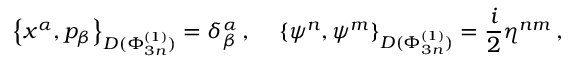
\left\{ x ^ { \alpha } , p _ { \beta } \right\} _ { D ( \Phi _ { 3 n } ^ { ( 1 ) } ) } = \delta _ { \beta } ^ { \alpha } \, , \, \, \, \, \, \, \, \left\{ \psi ^ { n } , \psi ^ { m } \right\} _ { D ( \Phi _ { 3 n } ^ { ( 1 ) } ) } = \frac { i } { 2 } \eta ^ { n m } \, ,